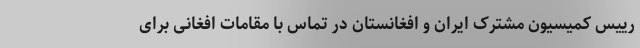
رییس کمیسیون مشترک ایران و افغانستان در تماس با مقامات افغانی برای